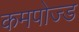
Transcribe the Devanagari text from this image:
कमपोज्ड